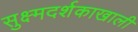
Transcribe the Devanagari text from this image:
सुक्ष्मदर्शकाखाली